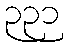
၃၃၁